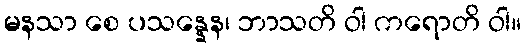
မနသာ စေ ပသန္နေန၊ ဘာသတိ ဝါ ကရောတိ ဝါ။